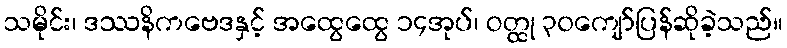
သမိုင်း၊ ဒဿနိကဗေဒနှင့် အထွေထွေ ၁၄အုပ်၊ ဝတ္ထု ၃၀ကျော်ပြန်ဆိုခဲ့သည်။